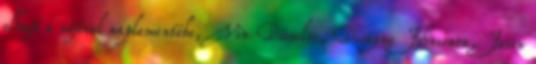
elhajt a nőjével naplementébe, Vin Dieselre, Dwayne Johnsonra, Jason